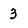
Character: 3